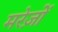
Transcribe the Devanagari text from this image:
मरेज़ों